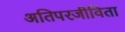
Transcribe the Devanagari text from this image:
अतिपरजीविता